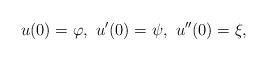
LaTeX: \begin{align*}u(0)=\varphi,\ u'(0)= \psi,\ u''(0)=\xi, \end{align*}